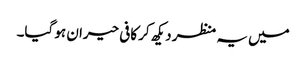
میں یہ منظر دیکھ کر کافی حیران ہو گیا۔